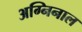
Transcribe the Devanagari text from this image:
अग्निनाल